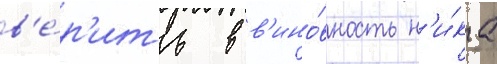
в'е́р'ить в в'ино́вность н'и́ка